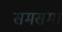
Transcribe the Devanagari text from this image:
समसमा